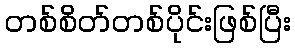
တစ်စိတ်တစ်ပိုင်းဖြစ်ပြီး